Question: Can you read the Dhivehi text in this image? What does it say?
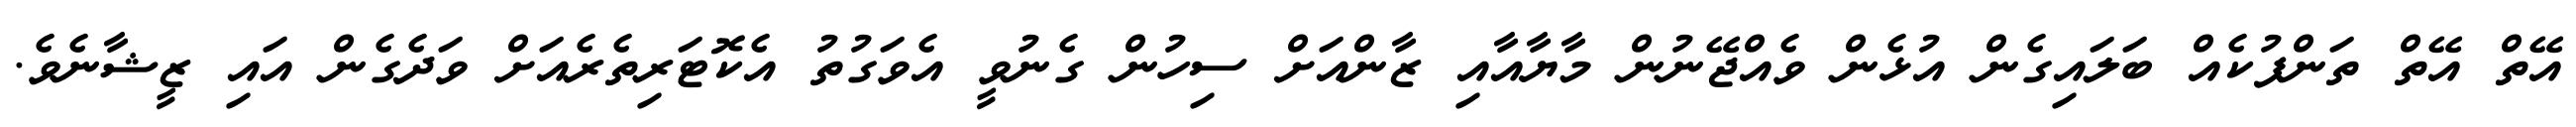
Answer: އޭތް އޭތް ތަންފުކެއް ބަލައިގެން އުޅެން ވެއްޖޭނުން މާޔާއާއި ޒާންއަށް ސިހުން ގެނުވީ އެވަގުތު އެކޮޓަރިތެރެއަށް ވަދެގެން އައި ޒީޝާނެވެ.